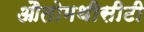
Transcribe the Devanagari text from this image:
औतोमथीसीटी